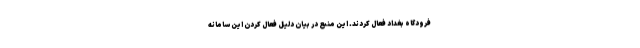
فرودگاه بغداد فعال کردند. این منبع در بیان دلیل فعال کردن این سامانه